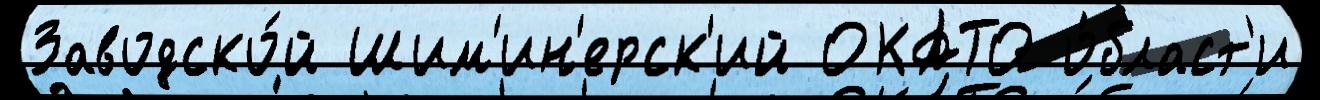
Заводско́й Шим'ин'ерск'ий ОКАТО о́бласт'и